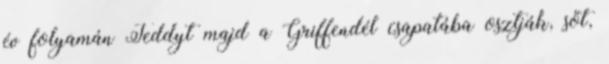
év folyamán Teddyt majd a Griffendél csapatába osztják, sőt,